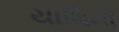
યામિની